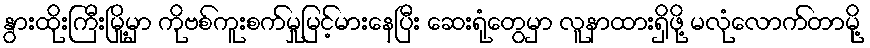
နွားထိုးကြီးမြို့မှာ ကိုဗစ်ကူးစက်မှုမြင့်မားနေပြီး ဆေးရုံတွေမှာ လူနာထားရှိဖို့ မလုံလောက်တာမို့